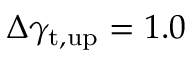
\Delta \gamma _ { \mathrm { t , u p } } = 1 . 0